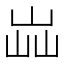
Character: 𡷈